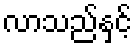
လာသည်နှင့်